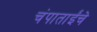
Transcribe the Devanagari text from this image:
चंपाताईंचे